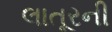
લાતૂરની